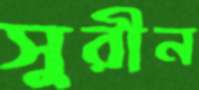
সুরীন